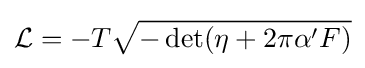
{\mathcal {L}}=-T{\sqrt {-\det(\eta +2\pi \alpha 'F)}}